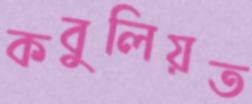
কবুলিয়ত